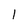
Character: I